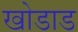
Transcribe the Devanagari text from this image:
खोडाड